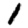
Digit: 1